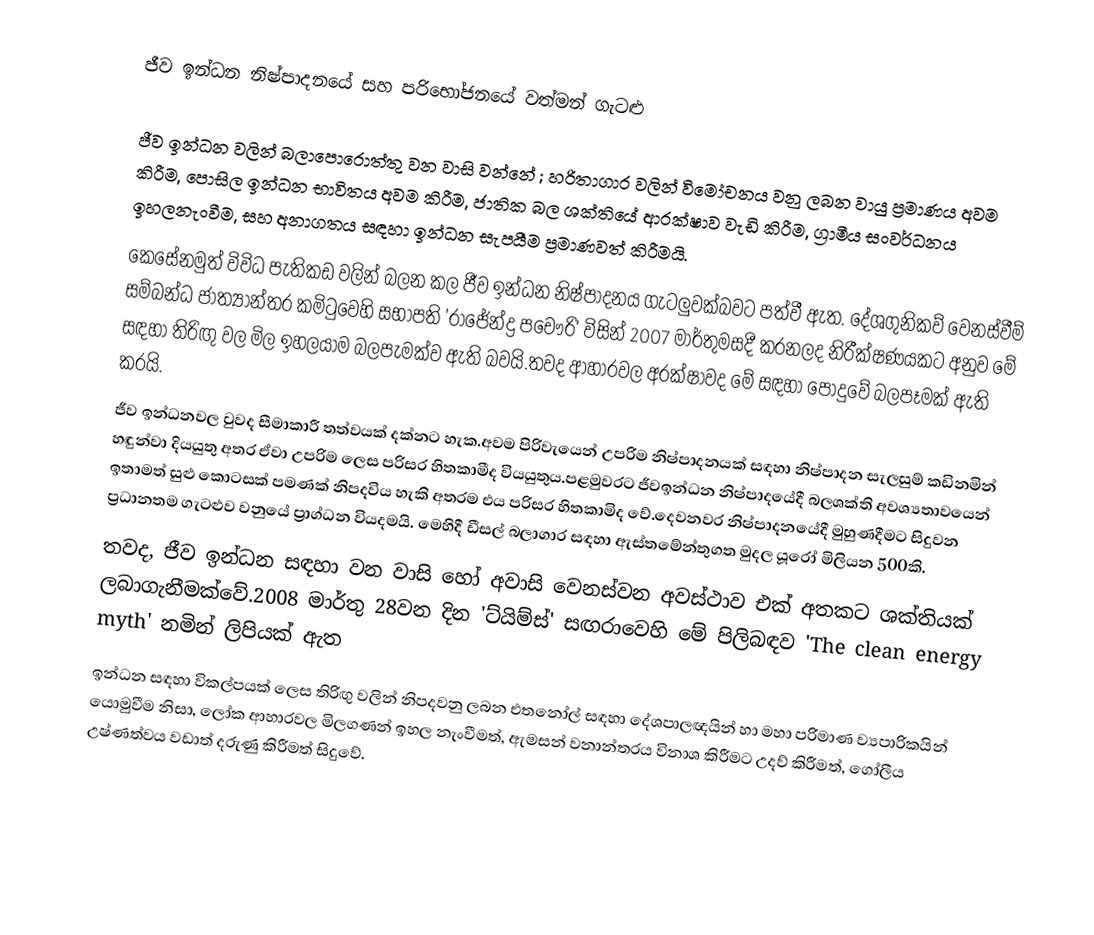
ජීව ඉන්ධන නිෂ්පාදනයේ සහ පරිභෝජනයේ වත්මන් ගැටළු

ජීව ඉන්ධන වලින් බලාපොරොත්තු වන වාසි වන්නේ ; හරිතාගාර වලින් විමෝචනය වනු ලබන වායු ප්‍රමාණය අවම කිරීම, පොසිල ඉන්ධන භාවිතය අවම කිරීම, ජාතික බල ශක්තියේ ආරක්ෂාව වැඩි කිරීම, ග්‍රාමීය සංවර්ධනය ඉහලනැංවීම, සහ අනාගතය සඳහා ඉන්ධන සැපයීම ප්‍රමාණවත් කිරීමයි.
කෙසේනමුත් විවිධ පැතිකඩ වලින් බලන කල ජීව ඉන්ධන නිෂ්පාදනය ගැටලුවක්බවට පත්වී ඇත. දේශගුනිකව් වෙනස්වීම් සම්බන්ධ ජාත්‍යාන්තර කමිටුවෙහි සභාපති 'රාජේන්ද්‍ර පචෞරි'  විසින් 2007 මාර්තුමසදී කරනලද නිරීක්ෂණයකට අනුව මේ සඳහා තිරිඟු වල මිල ඉහලයාම බලපැමක්ව ඇති බවයි.තවද ආහාරවල අරක්ෂාවද මේ සඳහා පොදුවේ බලපෑමක් ඇති කරයි.
ජීව ඉන්ධනවල වුවද සීමාකාරී තත්වයක් දක්නට හැක.අවම පිරිවැයෙන් උපරිම නිෂ්පාදනයක් සඳහා නිෂ්පාදන සැලසුම් කඩිනමින් හඳුන්වා දිය‍යුතු අතර ඒවා උපරිම ලෙස පරිසර හිතකාමීද වියයුතුය.පළමුවරට ජීවඉන්ධන නිෂ්පාදයේදී බලශක්ති අවශ්‍යතාවයෙන් ඉතාමත් සුළු කොටසක් පමණක් නිපදවිය හැකි අතරම එය පරිසර හිතකාමිද වේ.දෙවනවර නිෂ්පාදනයේදී මුහුණදීමට සිදුවන ප්‍රධානතම ගැටළුව වනුයේ ප්‍රාග්ධන වියදමයි. මෙහිදී ඩීසල් බලාගාර සඳහා ඇස්තමේන්තුගත මුදල යූරෝ මිලියන 500කි.
තවද, ජීව ඉන්ධන සඳහා වන වාසි හෝ අවාසි වෙනස්වන අවස්ථාව එක් අතකට ශක්තියක් ලබාගැනීමක්වේ.2008 මාර්තු 28වන දින 'ට්යිම්ස්' සඟරාවෙහි මේ පිලිබඳව 'The clean energy myth' නමින් ලිපියක් ඇත
ඉන්ධන  සඳහා විකල්පයක් ලෙස තිරිඟු වලින් නිපදවනු ලබන එතනෝල් සඳහා දේශපාලඥයින් හා මහා පරිමාණ  ව්‍යපාරිකයින් යොමුවීම නිසා, ලෝක ආහාරවල මිලගණන් ඉහල නැංවීමත්, ඇමසන් වනාන්තරය විනාශ කිරීමට උදව් කිරීමත්, ගෝලීය උෂ්ණත්වය වඩාත් දරුණු කිරීමත් සිදුවේ.